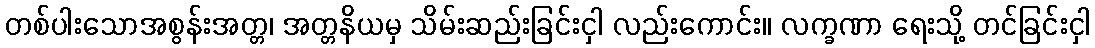
တစ်ပါးသောအစွန်းအတ္တ၊ အတ္တနိယမှ သိမ်းဆည်းခြင်းငှါ လည်းကောင်း။ လက္ခဏာ ရေးသို့ တင်ခြင်းငှါ